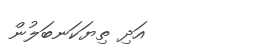
އަދި ތިޔަކަނބަލުން